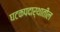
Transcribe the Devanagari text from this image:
घटकपदार्थातील